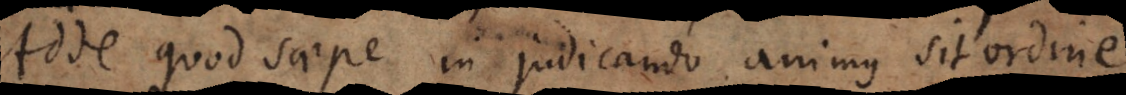
Adde quod saepe in judicando animus sit ordine